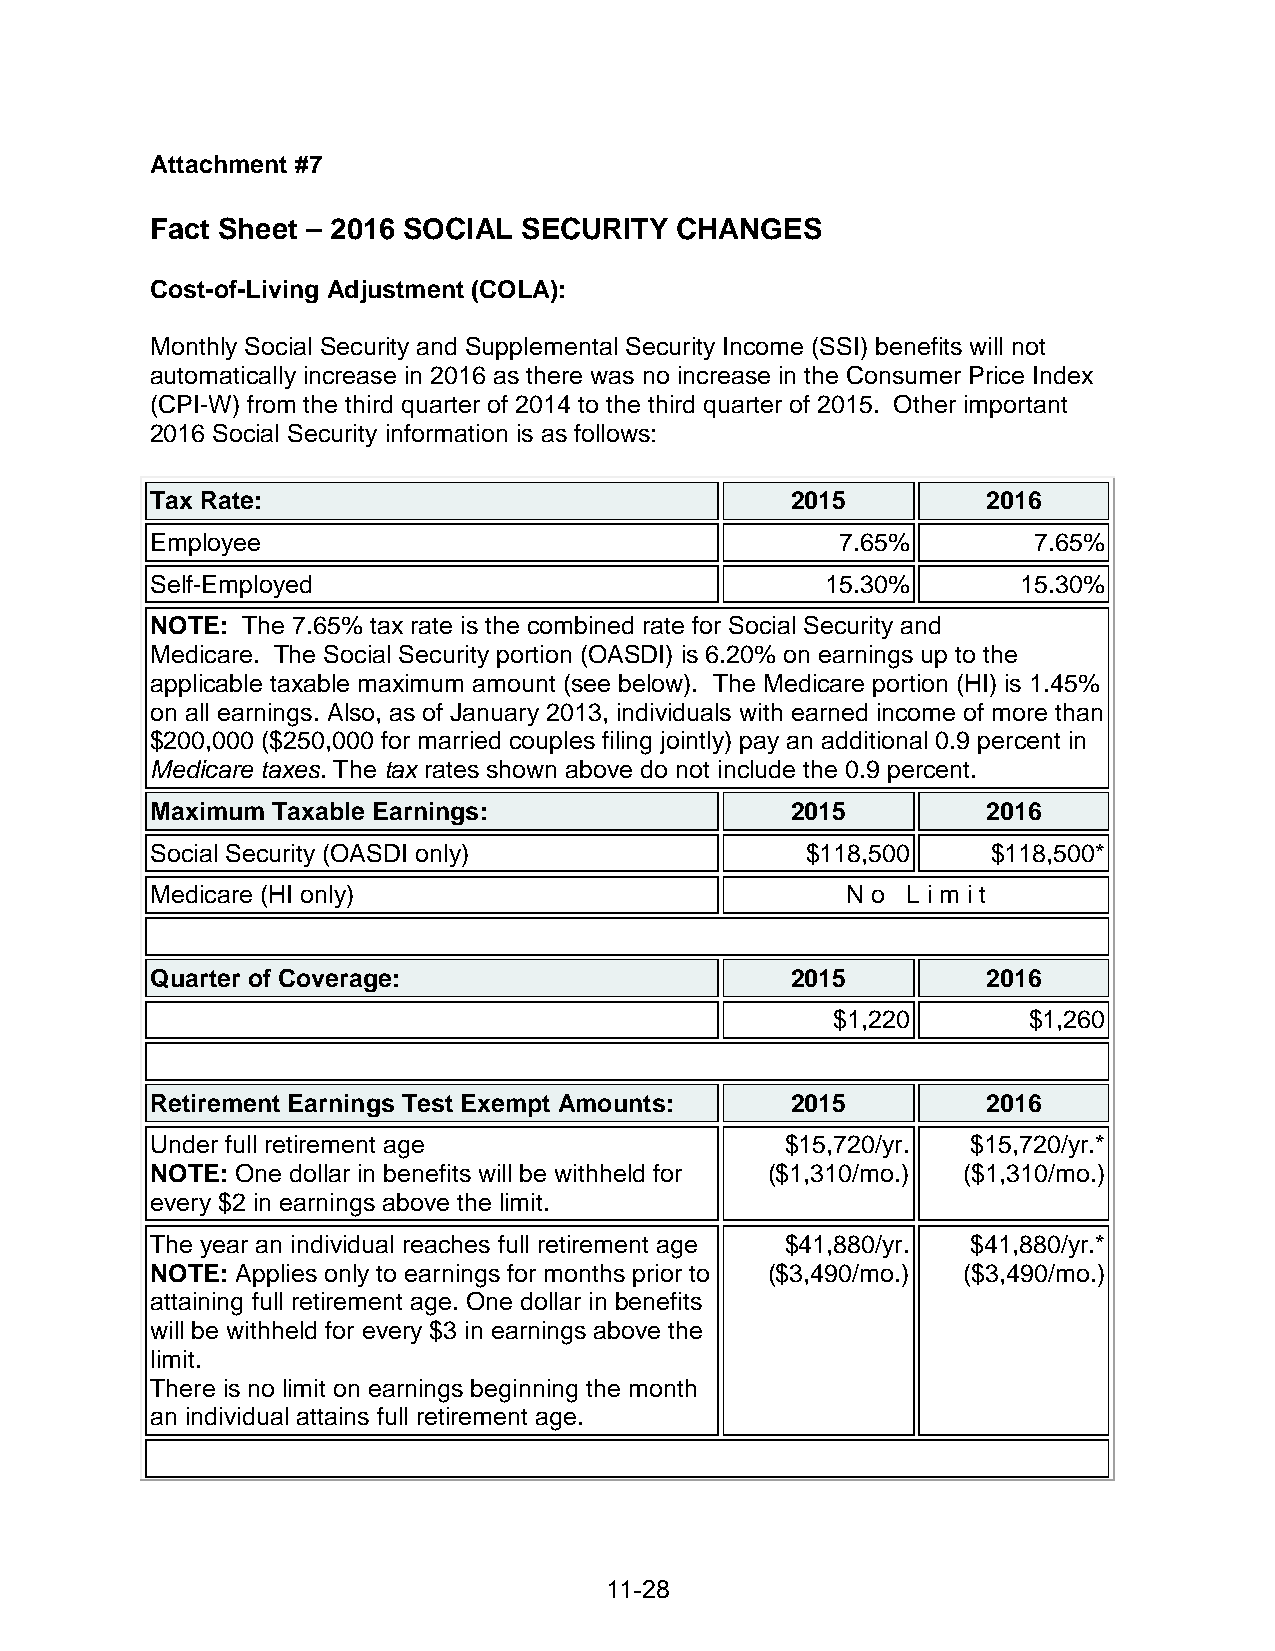
Attachment #7
 Fact Sheet – 2016 SOCIAL SECURITY  CHANGES
 Cost-of-Living Adjustment (COLA):
 Monthly Social Security and Supplemental Security Income (SSI) benefits will not
 automatically increase in 2016 as there was no increase in the Consumer Price Index
 (CPI-W) from the third quarter of 2014 to the third quarter of 2015. Other important
 2016 Social Security information is as follows:
 Tax Rate:                                 2015         2016
 Employee                                      7.65%       7.65%
 Self-Employed                                15.30%       15.30%
 NOTE: The 7.65% tax rate is the combined rate for Social Security and
 Medicare. The Social Security portion (OASDI) is 6.20% on earnings up to the
 applicable taxable maximum amount (see below). The Medicare portion (HI) is 1.45%
 on all earnings. Also, as of January 2013, individuals with earned income of more than
 $200,000 ($250,000 for married couples filing jointly) pay an additional 0.9 percent in
 Medicare taxes. The tax rates shown above do not include the 0.9 percent.
 Maximum Taxable Earnings:                 2015         2016
 Social Security (OASDI only)               $118,500     $118,500*
 Medicare (HI only)                            N o L i m i t
 Quarter of Coverage:                      2015         2016
 $1,220       $1,260
 Retirement Earnings Test Exempt Amounts:  2015         2016
 Under full retirement age                 $15,720/yr. $15,720/yr.*
 NOTE: One dollar in benefits will be withheld for ($1,310/mo.) ($1,310/mo.)
 every $2 in earnings above the limit.
 The year an individual reaches full retirement age $41,880/yr. $41,880/yr.*
 NOTE: Applies only to earnings for months prior to ($3,490/mo.) ($3,490/mo.)
 attaining full retirement age. One dollar in benefits
 will be withheld for every $3 in earnings above the
 limit.
 There is no limit on earnings beginning the month
 an individual attains full retirement age.
 11-28